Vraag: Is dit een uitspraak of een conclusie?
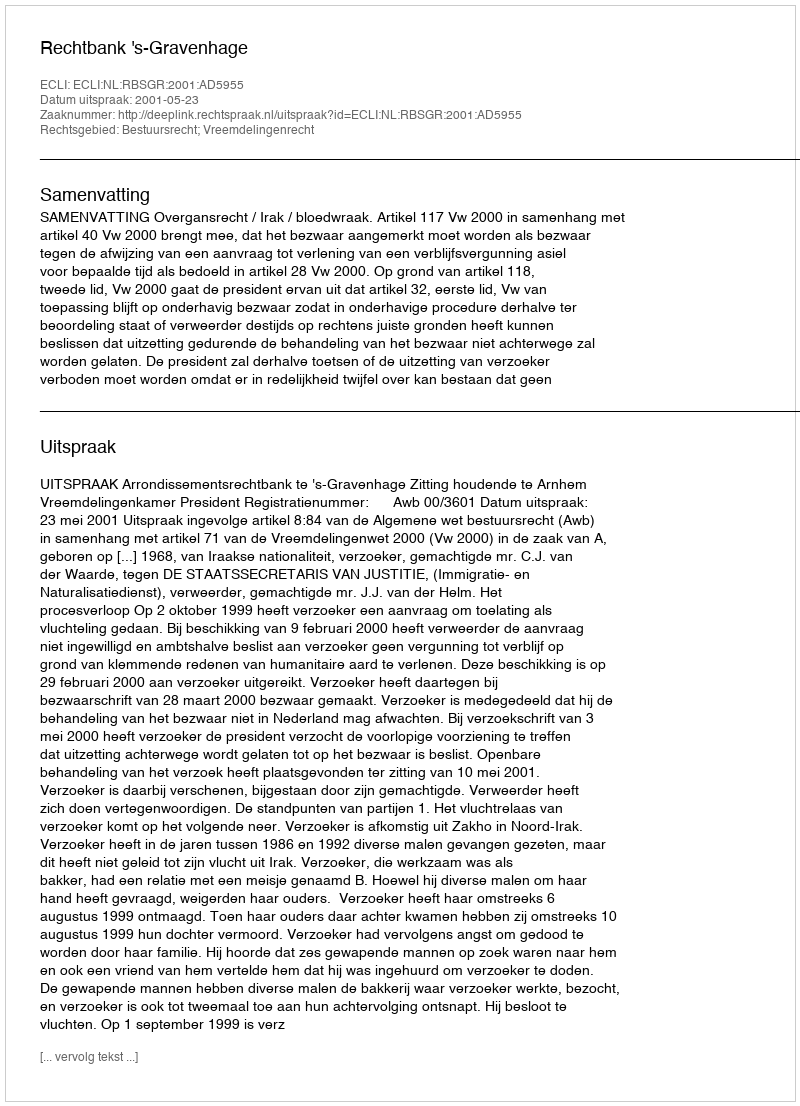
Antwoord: Uitspraak